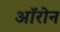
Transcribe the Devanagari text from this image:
ऑरोन